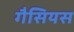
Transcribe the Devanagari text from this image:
गैसियस